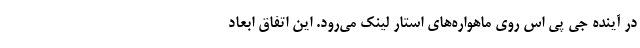
در آینده جی پی اس روی ماهواره‌های استار لینک می‌رود. این اتفاق ابعاد